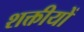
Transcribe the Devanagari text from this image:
शक्तीयों